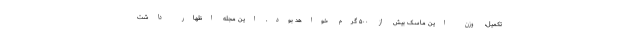
تکمیل، وزن این ماسک بیش از ۵۰۰ گرم خواهد بود. این مجله اظهار داشت